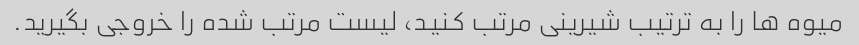
میوه ها را به ترتیب شیرینی مرتب کنید، لیست مرتب شده را خروجی بگیرید.